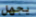
يجهل